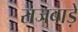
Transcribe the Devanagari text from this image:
राजबाड़े